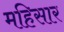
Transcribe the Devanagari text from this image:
महिसार